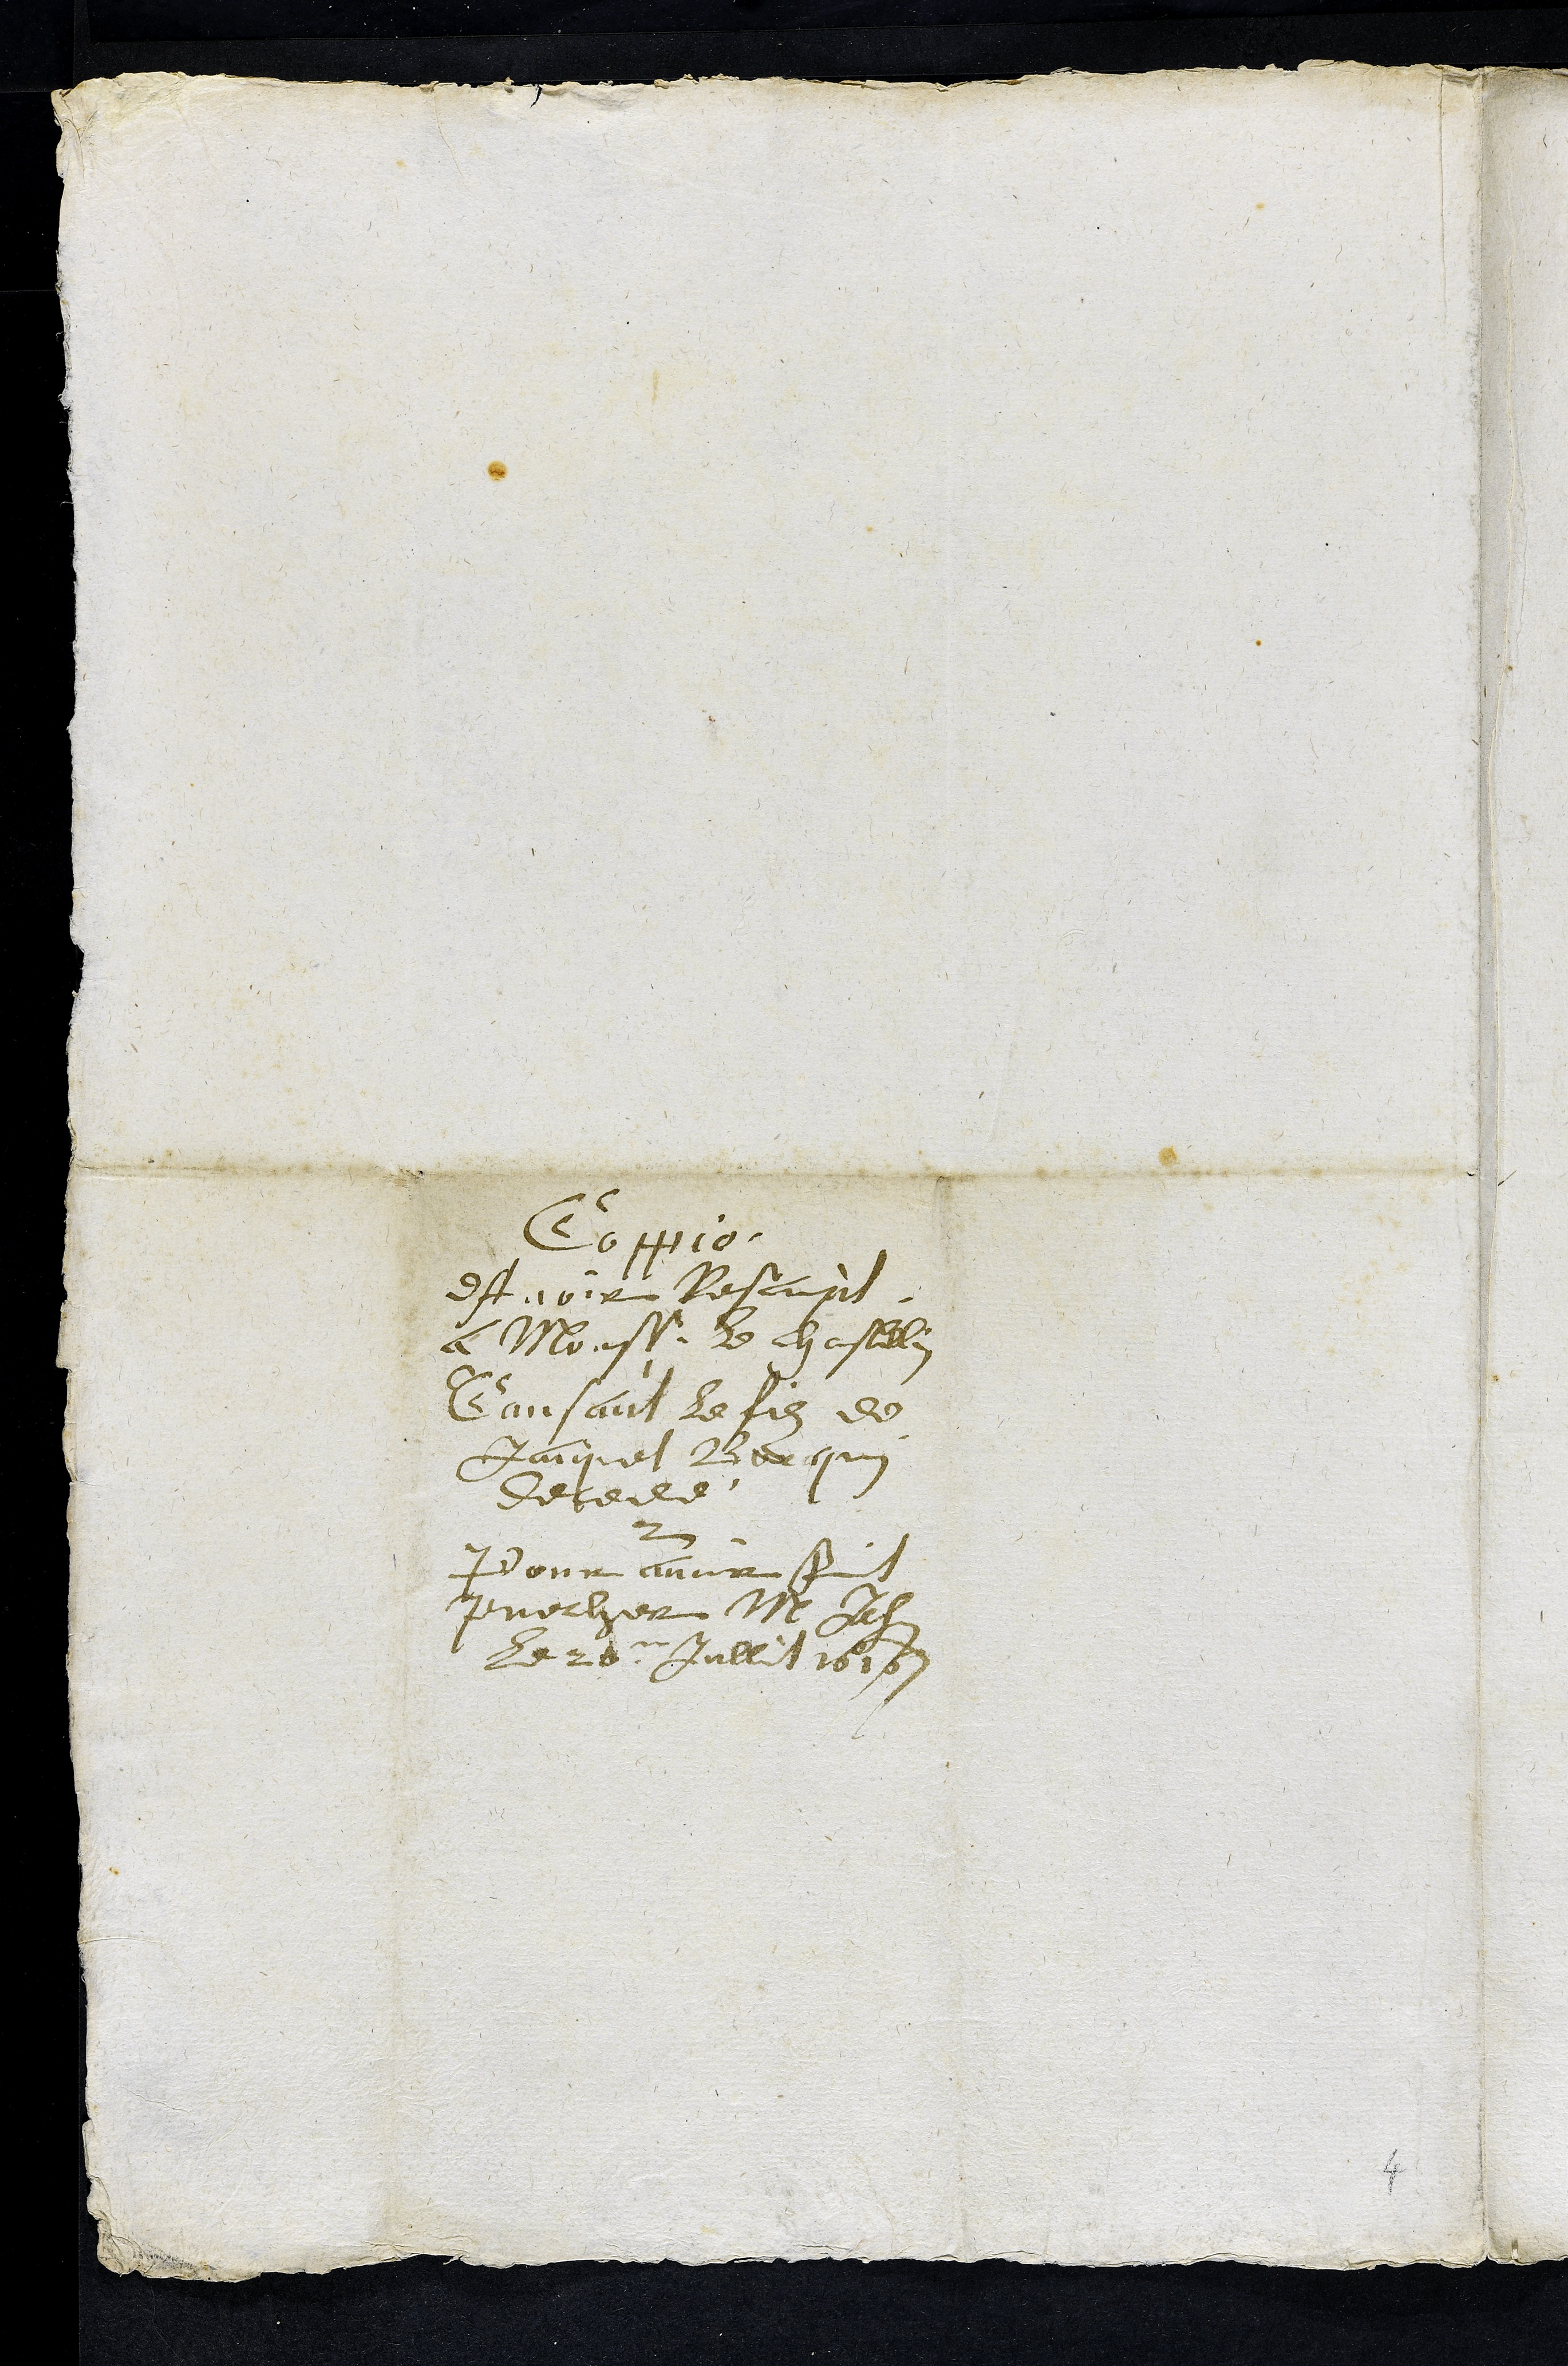
Coppie
dAvoir Rescript
a Monss. le Chastellin
Causant le filz de
Jaiquet Bourquin
decedé
et
Pour avoir fait
precher M Jehan
Le 26e Jullit 1616
4